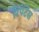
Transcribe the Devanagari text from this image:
रिपेंटेंस